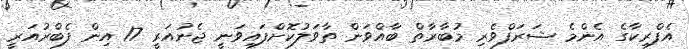
އެފްރިކާގެ އެންމެ ޝަރަފްވެރި މުބާރާތް ބާއްވަން ތާވަލުކޮށްފައިވަނީ ޖެނުއަރީ 17 އިން ފެބްރުއަރީ